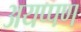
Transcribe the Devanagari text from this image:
अयप्पण